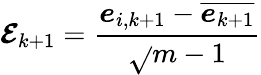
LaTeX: \boldsymbol{\mathcal{E}}_{k+1}=\frac{{\boldsymbol{e}_{i,k+1}-\overline{{{\boldsymbol{e}_{k+1}}}}}}{{\sqrt{}{{m-1}}}}